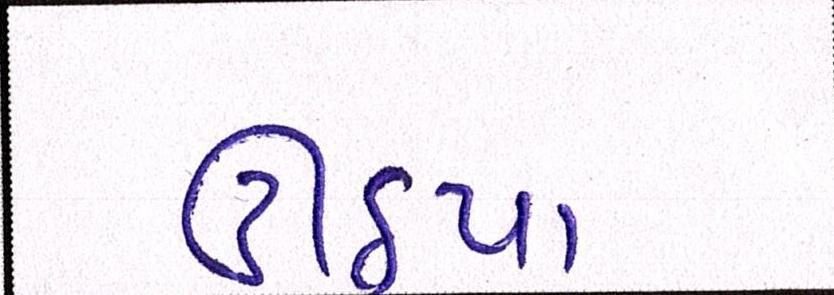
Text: ઊઠયા